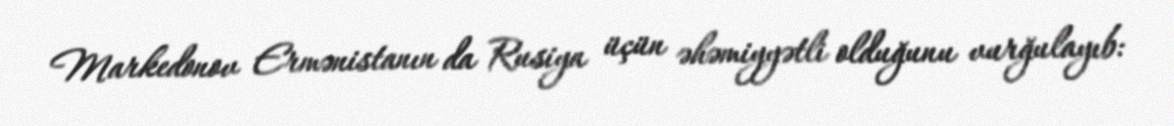
Markedonov Ermənistanın da Rusiya üçün əhəmiyyətli olduğunu vurğulayıb: